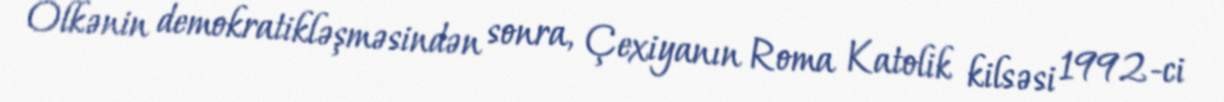
Ölkənin demokratikləşməsindən sonra, Çexiyanın Roma Katolik kilsəsi 1992-ci